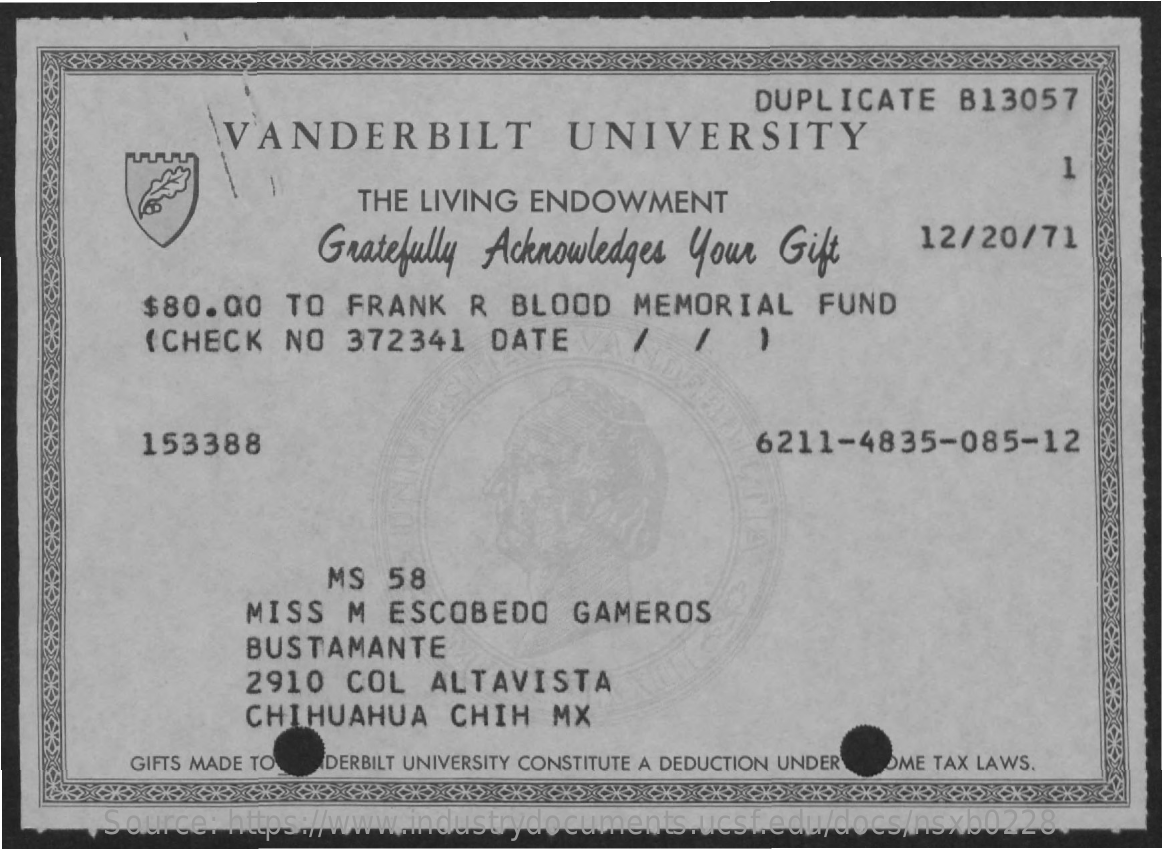
DUPLICATE    B13057
     VANDERBILT    UNIVERSITY
     1
     THE  LIVING ENDOWMENT
     Gratefully Acknowledges  Your  Gift    12/20/71
     $80.00    TO  FRANK    R  BLOOD   MEMORIAL    FUND
     (CHECK   NO   372341   DATE
     153388    6211-4835-085-12
     MS  58
     MISS  M  ESCOBEDO    GAMEROS
     BUSTAMANTE
     2910  COL   ALTAVISTA
     CHIHUAHUA    CHIH   MX
     GIFTS MADE TO DERBILT UNIVERSITY CONSTITUTE A DEDUCTION UNDER OME TAX LAWS.
     Source:  https://www.industrydocuments.ucsf.edu/docs/nsxb0228